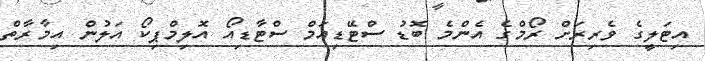
އިޓަލީގެ ވެރިރަށް ރޯމްގެ އެންމެ ބޮޑު ސްޓޭޑިއަމް ސްޓާޑިއޯ އޮލިމްޕިކޯ އަލުން އިމާރާތް